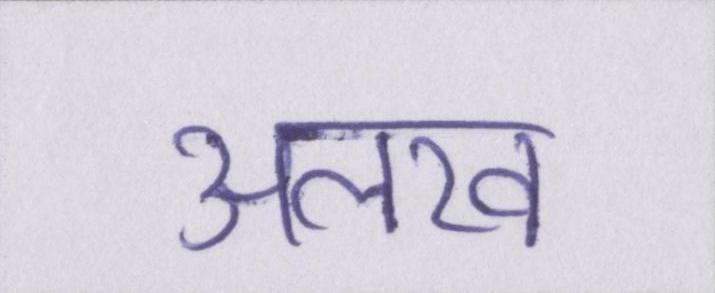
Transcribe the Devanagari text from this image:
अलख